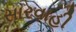
સારવાહી